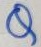
Text: Q